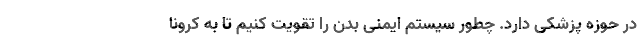
در حوزه پزشکی دارد. چطور سیستم ایمنی بدن را تقویت کنیم تا به کرونا